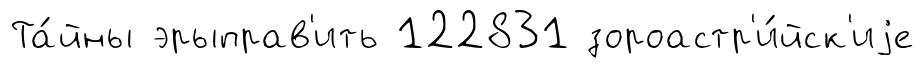
Та́йны эрыправ'ить 122831 зороастр'и́йск'иjе